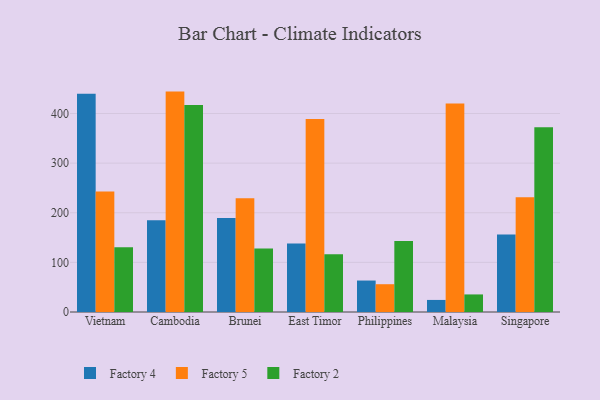
{"axis": {"x": "Country", "y": "Shipments"}, "legend": ["Factory 2", "Factory 4", "Factory 5"], "data": [{"x": "Vietnam", "y": 439.6, "type": "Factory 4"}, {"x": "Vietnam", "y": 242.8, "type": "Factory 5"}, {"x": "Vietnam", "y": 130.5, "type": "Factory 2"}, {"x": "Cambodia", "y": 185.1, "type": "Factory 4"}, {"x": "Cambodia", "y": 444.1, "type": "Factory 5"}, {"x": "Cambodia", "y": 417.1, "type": "Factory 2"}, {"x": "Brunei", "y": 189.3, "type": "Factory 4"}, {"x": "Brunei", "y": 229.0, "type": "Factory 5"}, {"x": "Brunei", "y": 127.7, "type": "Factory 2"}, {"x": "East Timor", "y": 138.1, "type": "Factory 4"}, {"x": "East Timor", "y": 388.8, "type": "Factory 5"}, {"x": "East Timor", "y": 116.4, "type": "Factory 2"}, {"x": "Philippines", "y": 63.4, "type": "Factory 4"}, {"x": "Philippines", "y": 56.0, "type": "Factory 5"}, {"x": "Philippines", "y": 143.2, "type": "Factory 2"}, {"x": "Malaysia", "y": 24.3, "type": "Factory 4"}, {"x": "Malaysia", "y": 420.0, "type": "Factory 5"}, {"x": "Malaysia", "y": 35.4, "type": "Factory 2"}, {"x": "Singapore", "y": 156.0, "type": "Factory 4"}, {"x": "Singapore", "y": 231.3, "type": "Factory 5"}, {"x": "Singapore", "y": 372.4, "type": "Factory 2"}]}